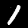
Digit: 1